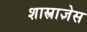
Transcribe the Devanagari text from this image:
शास्त्राज्ञेस